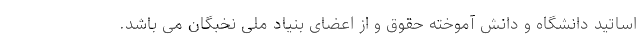
اساتید دانشگاه و دانش آموخته حقوق و از اعضای بنیاد ملی نخبگان می باشد.